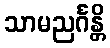
သာမညင်္ဂန္တိ